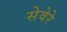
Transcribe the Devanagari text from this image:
सेवेरे